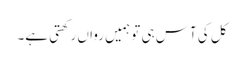
کل کی آس ہی تو ہمیں رواں رکھتی ہے۔